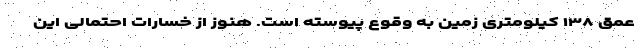
عمق ۱۳۸ کیلومتری زمین به وقوع پیوسته است. هنوز از خسارات احتمالی این